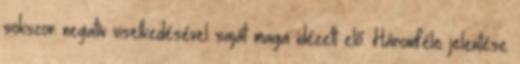
sokszor negatív viselkedésével saját maga idézett elő. Háromféle jelentése